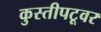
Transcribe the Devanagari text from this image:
कुस्तीपटूवर